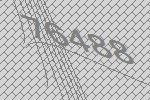
76488